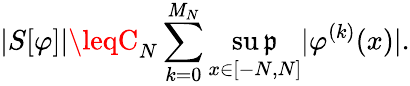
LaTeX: |S[\varphi]|\leqC_{N}\sum_{k=0}^{\mathit{M}_{N}}\operatorname*{su\mathfrak{p}}_{x\in[-N,N]}|\varphi^{(k)}(x)|.